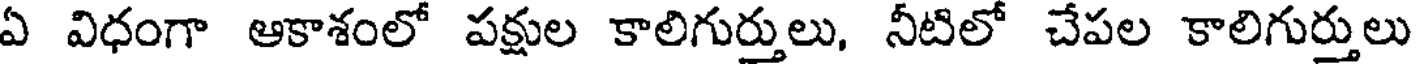
ఏ విధంగా ఆకాశంలో పక్షుల కాలిగుర్తులు, నీటిలో చేపల కాలిగుర్తులు